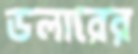
ডলারের